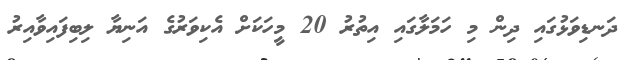
ދަނޑިވަޅުގައި ދިން މި ހަމަލާގައި އިތުރު 20 މީހަކަށް އެކިވަރުގެ އަނިޔާ ލިބިފައިވާއިރު